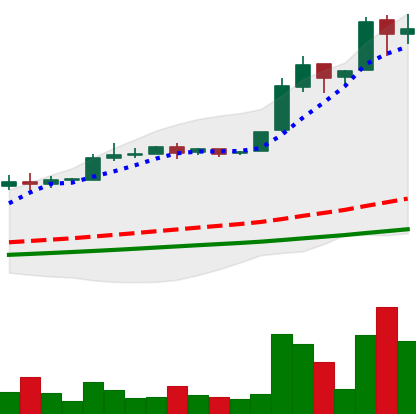
Ticker: BTC-USD
Chart end date: 2016-06-18
Forward return: -17.488%
Label: down_7plus